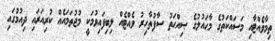
ތިމާވެއްޓާއި މަސައްކަތުގެ މާޙައުލުގެ ޞިއްޙަތު ސާފުތާހިރު ވެއްޓެއް ލިބިފައިވުމަކީ މުޖުތަމައެއް ކުރިއަރައި ދިއުމުގައި